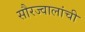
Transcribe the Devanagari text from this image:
सौरज्वालांची